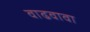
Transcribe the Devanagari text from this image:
वाढवावा